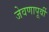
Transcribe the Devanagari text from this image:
जेवणापूर्वी